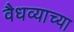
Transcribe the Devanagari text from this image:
वैधव्याच्या